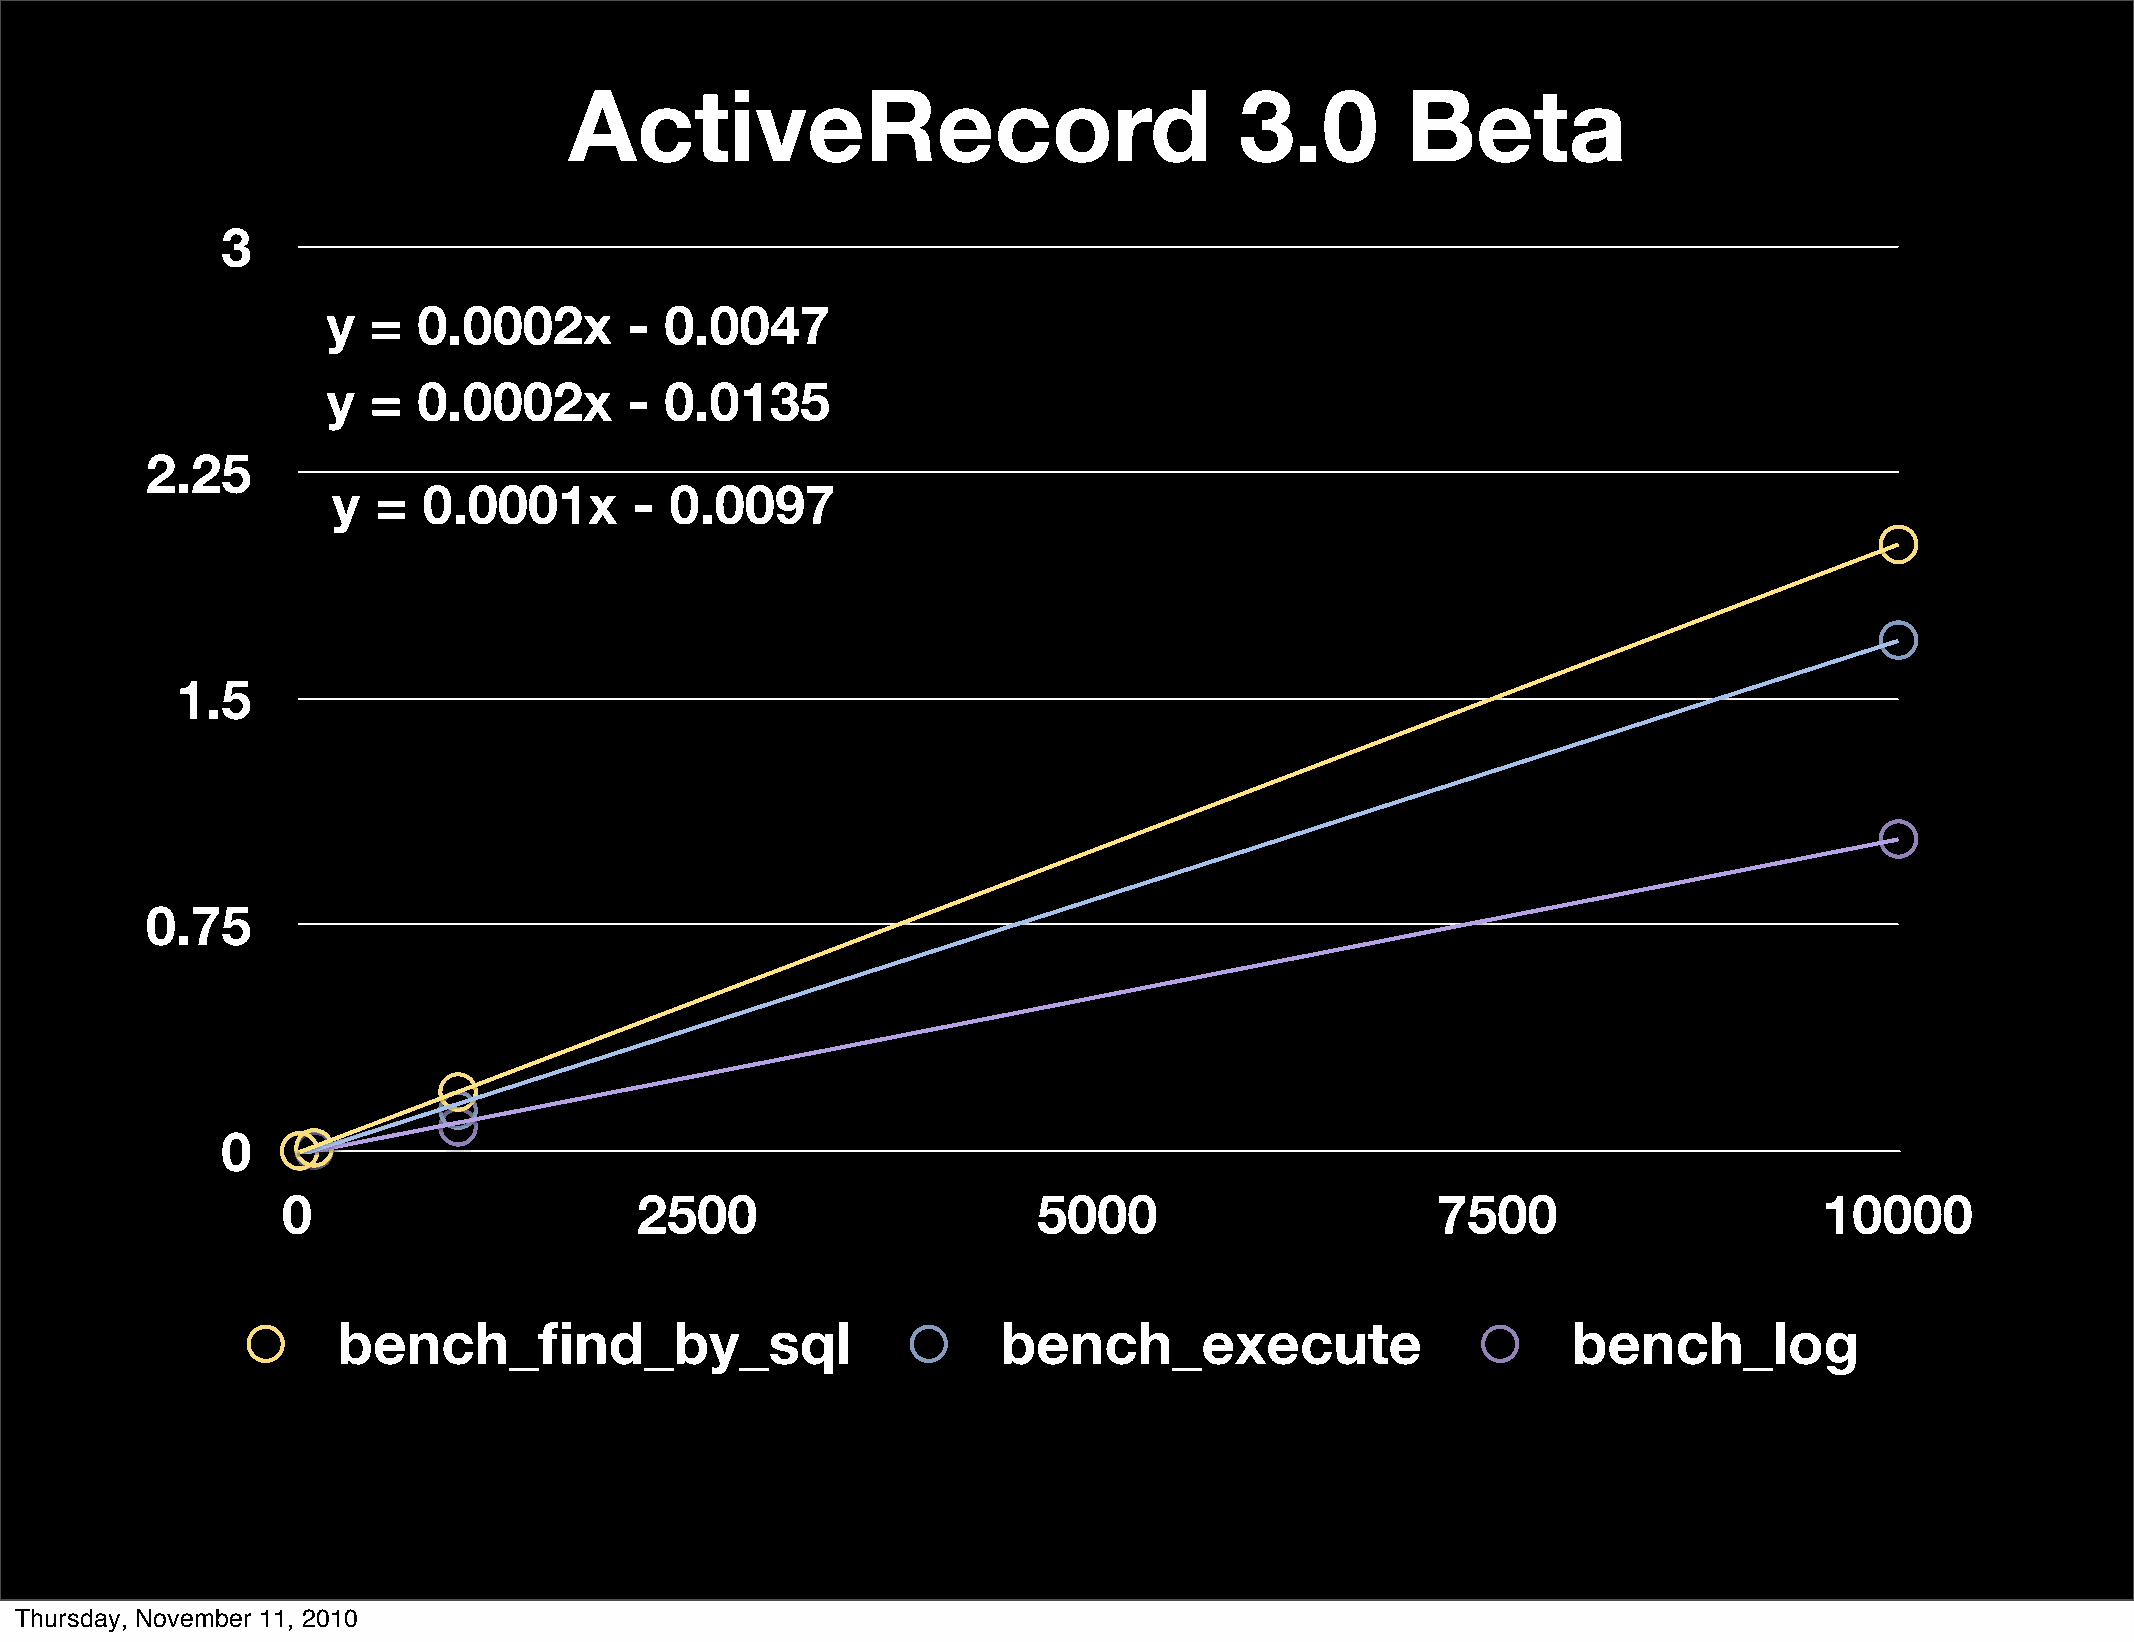
ActiveRecord                                3.0        Beta
 3
 y =   0.0002x       - 0.0047
 y =   0.0002x       - 0.0135
 2.25
 y  =  0.0001x       - 0.0097
 1.5
 0.75
 0
 0                      2500                       5000                      7500                      10000
 bench_find_by_sql                           bench_execute                         bench_log
 Thursday, November 11, 2010